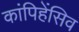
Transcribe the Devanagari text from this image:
कांपिहेंसिव